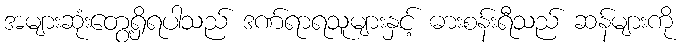
အများဆုံးတွေ့ရှိရပါသည် ဒဏ်ရာရသူများနှင့် ဓားစန်းရီသည် ဆန်များကို